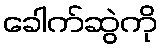
ခေါက်ဆွဲကို